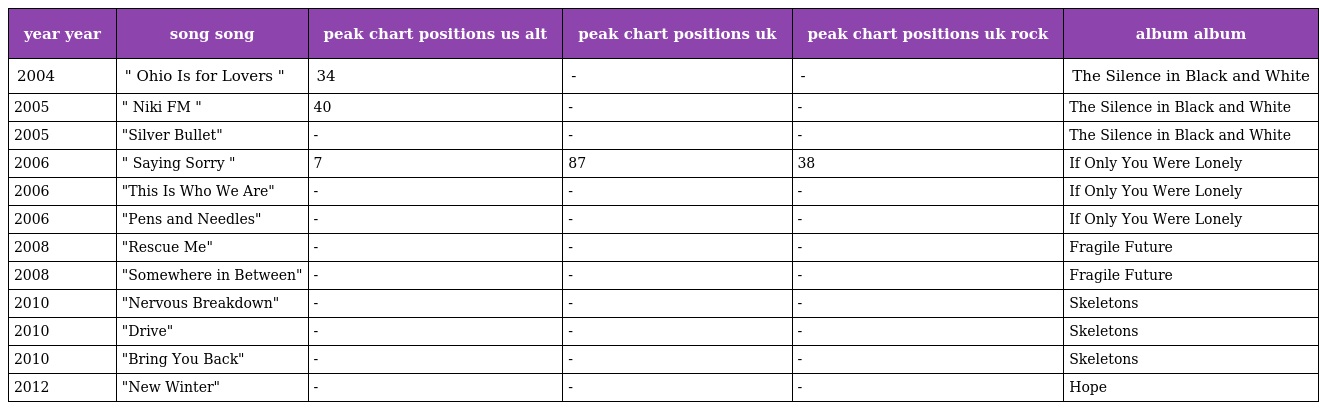
| year year | song song | peak chart positions us alt | peak chart positions uk | peak chart positions uk rock | album album |
 | --- | --- | --- | --- | --- | --- |
 | 2004 | " Ohio Is for Lovers " | 34 | - | - | The Silence in Black and White |
 | 2005 | " Niki FM " | 40 | - | - | The Silence in Black and White |
 | 2005 | "Silver Bullet" | - | - | - | The Silence in Black and White |
 | 2006 | " Saying Sorry " | 7 | 87 | 38 | If Only You Were Lonely |
 | 2006 | "This Is Who We Are" | - | - | - | If Only You Were Lonely |
 | 2006 | "Pens and Needles" | - | - | - | If Only You Were Lonely |
 | 2008 | "Rescue Me" | - | - | - | Fragile Future |
 | 2008 | "Somewhere in Between" | - | - | - | Fragile Future |
 | 2010 | "Nervous Breakdown" | - | - | - | Skeletons |
 | 2010 | "Drive" | - | - | - | Skeletons |
 | 2010 | "Bring You Back" | - | - | - | Skeletons |
 | 2012 | "New Winter" | - | - | - | Hope |